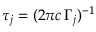
\tau _ { j } = ( 2 \pi c \, { \Gamma _ { j } } ) ^ { - 1 }